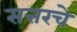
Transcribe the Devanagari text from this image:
सत्तरचे